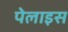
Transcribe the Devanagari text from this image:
पेलाइस